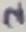
Text: 2